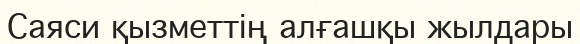
Саяси қызметтің алғашқы жылдары